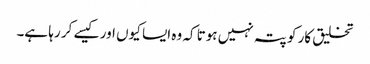
تخلیق کار کو پتہ نہیں ہوتا کہ وہ ایسا کیوں اور کیسے کر رہا ہے۔